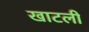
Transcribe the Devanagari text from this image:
खाटली